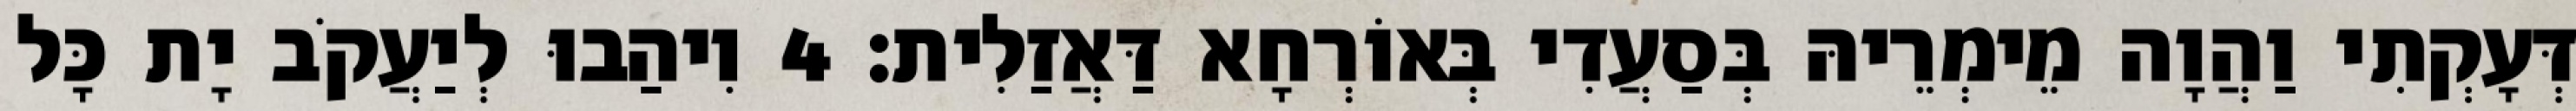
דְּעָקְתִי וַהֲוָה מֵימְרֵיהּ בְּסַעֲדִי בְּאוֹרְחָא דַּאֲזַלִית׃ 4 וִיהַבוּ לְיַעֲקֹב יָת כָּל